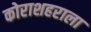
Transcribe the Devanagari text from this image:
कोराशहराला